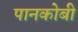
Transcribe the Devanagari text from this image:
पानकोबी